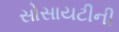
સોસાયટીની